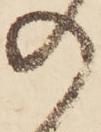
の